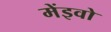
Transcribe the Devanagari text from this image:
मेंइवो